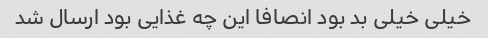
خیلی خیلی بد بود انصافا این چه غذایی بود ارسال شد